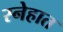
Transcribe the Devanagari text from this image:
स्नेहात